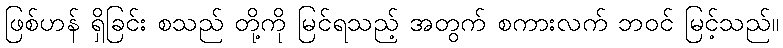
ဖြစ်ဟန် ရှိခြင်း စသည် တို့ကို မြင်ရသည့် အတွက် စကားလက် ဘဝင် မြင့်သည်။